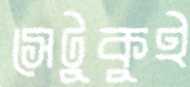
সেটুকুই